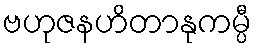
ဗဟုဇနဟိတာနုကမ္ပီ